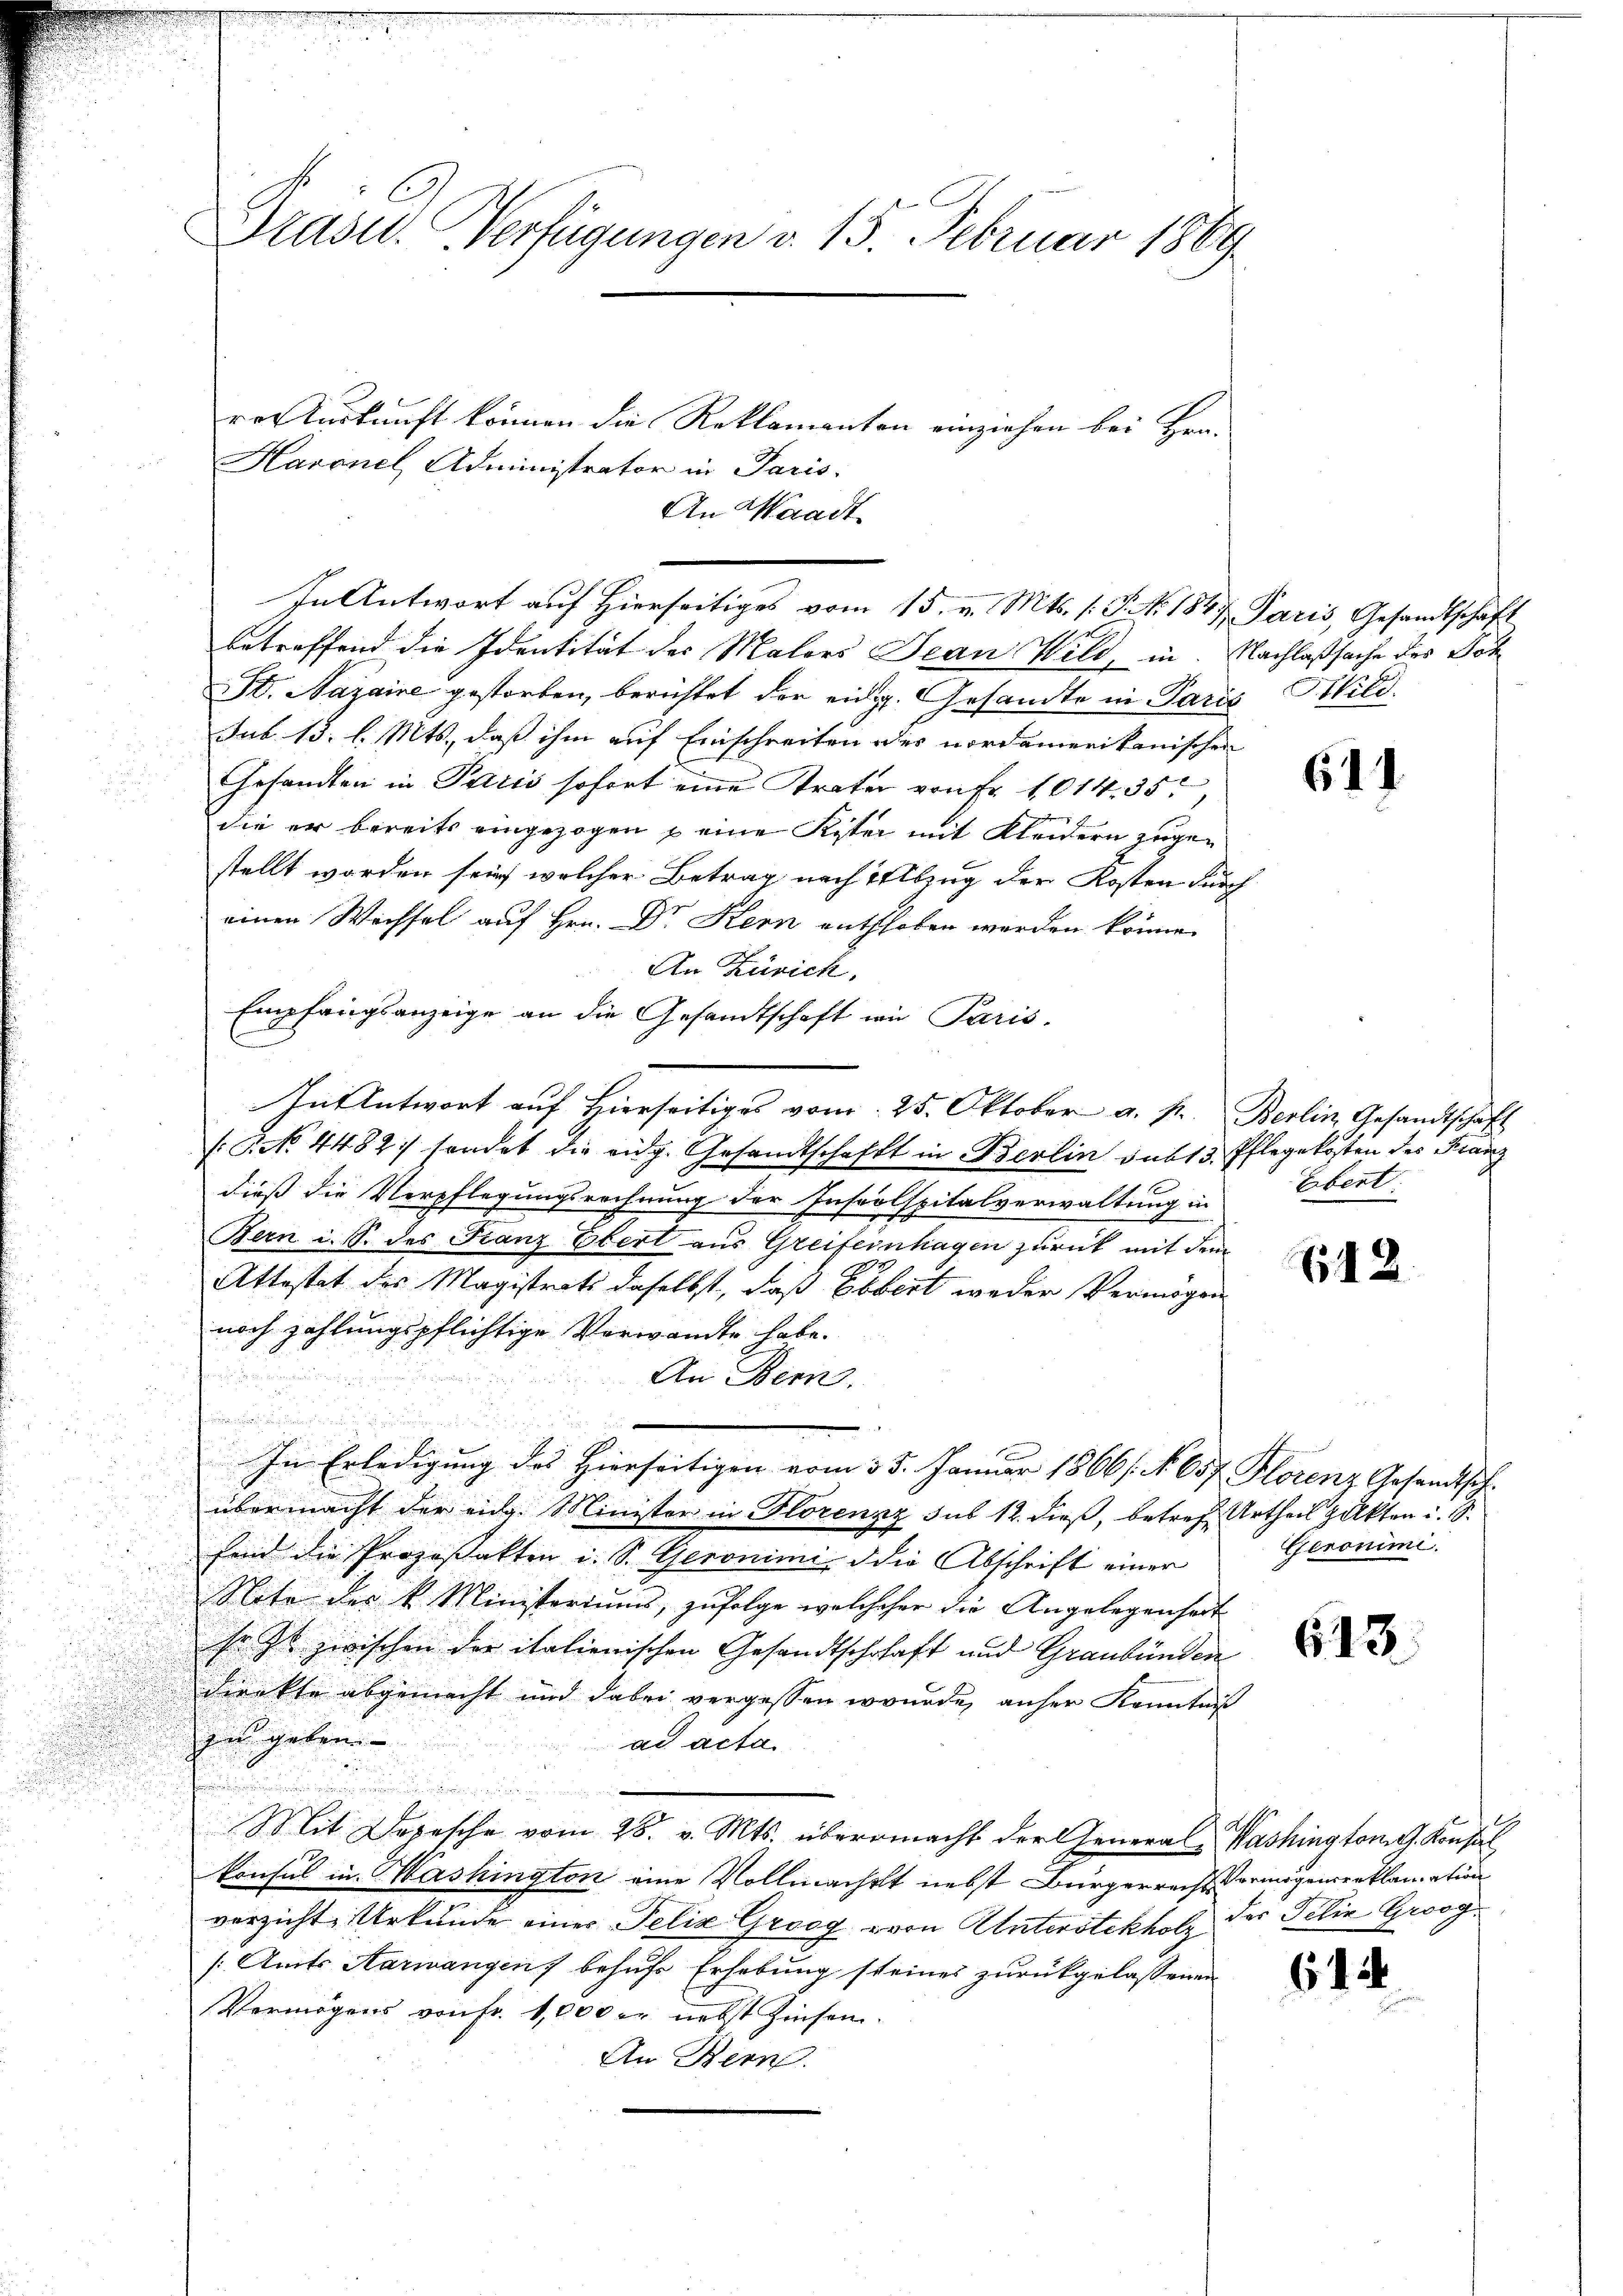
Grasu. Verfügungen v. 15. Februar 1869
rer Auskunft können die Reklamanten einziehen bei Hrn.
Haronel, Administrator in Paris

An Waadt
betreffend die Identität des Malers Jean Wild, in Nachlaßsache des Joh
St. Nazaine gestorben, berichtet der eidg. Gesandte in Paris Bild.
sub. 13. l. Mts., daß ihm auf Einschreiten des nordamerikanischen
Gesandten in Paris sofort eine Krater von Fr. 1014, 35,
die er bereits eingezogen u eine Kister mit Kleidern zugestellt worden sein, welcher Betrag nach Abzug der Kosten Furg
einen Wechsel auf Hrn. Dr Kern enthoben werden könne.
An Zürich.
Empfangsanzeige an die Gesandtschaft in Paris
In Antwort auf Hierseitiges vom 25. Oktober a. p. Berlin Gesandtschaft
(NNo. 4482 sendet die eidg. Gesandtschaft in Berlin sub 15. Pflegekosten des Franz
dieß die Verpflegungsrechnung der Inspolspitalverwaltung in
Bern i. S. des Franz Ebert aus Greifeinhagen zurück mit dem
Attestat des Magistrats daselbst, daß Ebbert weder Vermögen
noch zahlungspflichtige Verwandte habe.
An Bern.
s
n
In Erledigung des Hierseitigen vom 25. Januar 1866/. No. 657 Florenz Gesandtsch
übermacht der eidg. Minister in Florenzz sub 12. dieß, betref Urtheil zukten i. S.
sind die Prozeßakten i. S. Geronimi d die Abschrift einer
Note des k. Ministeriums, zufolge welcheher die Angelegenheit
sr zt zwischen der italienischen Gesandtschhaft und Graubünden
dienkte abgemacht und dabei vergessen wurde, anher Kenntniß
zu geben. |
ad acta
e
Mit Depesche vom 28. v. Mts. übermacht der General-Washington St. Konsol
konsul in Mashington eine Vollmacht nebst Bürgerrechs ermögensreklamation
verzichte Urkunde einer Felix Groog von Unterstekholz der Filia Groog¬
(Amts Aarwangen behufs Erhebung steines zurückgelassenen
Vermögens von Fr. 1,000 er nebst Zinsen.
An Bern.

In Antwort auf Hierseitiges vom 15. v. Mts. s. S. Nr. 1847 Paris, Gesandtschaft

611.

Ebert:

612.

Geronimi.

613.

A

6